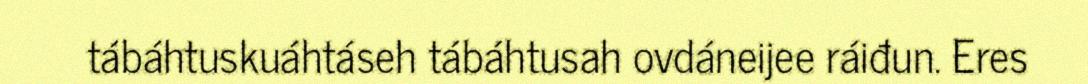
tábáhtuskuáhtáseh tábáhtusah ovdáneijee ráiđun. Eres